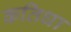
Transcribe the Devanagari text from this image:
कतिधा